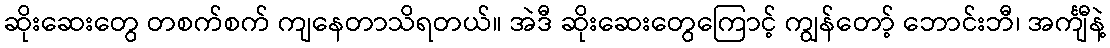
ဆိုးဆေးတွေ တစက်စက် ကျနေတာသိရတယ်။ အဲဒီ ဆိုးဆေးတွေကြောင့် ကျွန်တော့် ဘောင်းဘီ၊ အင်္ကျီနဲ့